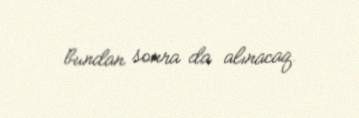
bundan sonra da alınacaq.